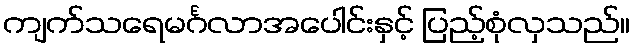
ကျက်သရေမင်္ဂလာအပေါင်းနှင့် ပြည့်စုံလှသည်။